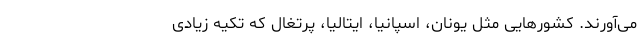
می‌آورند. کشورهایی مثل یونان، اسپانیا، ایتالیا، پرتغال که تکیه زیادی